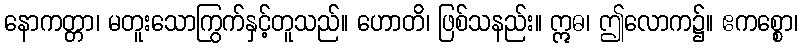
နောကတ္တာ၊ မတူးသောကြွက်နှင့်တူသည်။ ဟောတိ၊ ဖြစ်သနည်း။ ဣဓ၊ ဤလောက၌။ ဧကစ္စော၊